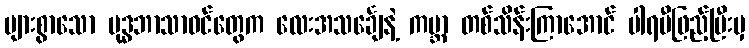
များစွာသော ဗုဒ္ဓဘာသာဝင်တွေက လေးအသင်္ချေနဲ့ ကမ္ဘာ တစ်သိန်းကြာအောင် ပါရမီဖြည့်ပြီးမှ